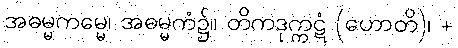
အဓမ္မကမ္မေ၊ အဓမ္မကံ၌။ တိကဒုက္ကဋံ (ဟောတိ)၊ +